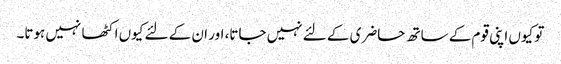
تو کیوں اپنی قوم کے ساتھ حاضری کے لئے نہیں جاتا، اور ان کے لئے کیوں اکٹھا نہیں ہوتا۔